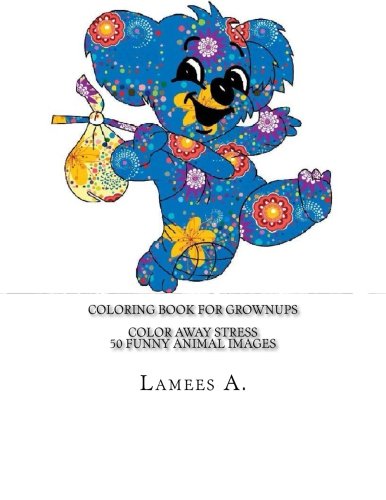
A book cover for Coloring Book For Grownups: Color Away Stress  50 Funny Animal Images (Coloring For Grownups); Lamees A.; Business & Money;